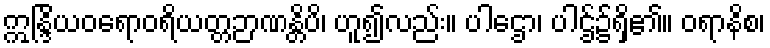
ဣန္ဒြိယဝရောဝရိယတ္တဉာဏန္တိပိ၊ ဟူ၍လည်း။ ပါဌော၊ ပါဌ်၌ရှိ၏။ ဝရာနိစ၊